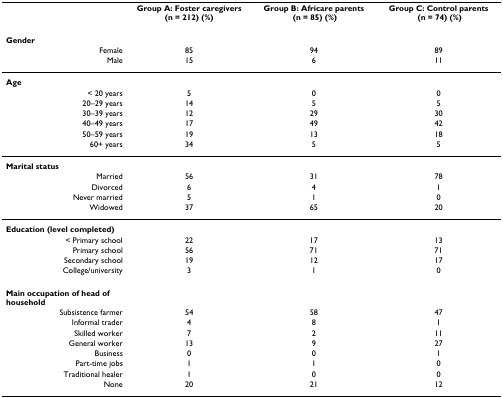
|  | Group A: Foster caregivers (n = 212) (%) | Group B: Africare parents (n = 85) (%) | Group C: Control parents (n = 74) (%) |
 | --- | --- | --- | --- |
 | Gender |  |  |  |
 | Female | 85 | 94 | 89 |
 | Male | 15 | 6 | 11 |
 | Age |  |  |  |
 | < 20 years | 5 | 0 | 0 |
 | 20–29 years | 14 | 5 | 5 |
 | 30–39 years | 12 | 29 | 30 |
 | 40–49 years | 17 | 49 | 42 |
 | 50–59 years | 19 | 13 | 18 |
 | 60+ years | 34 | 5 | 5 |
 | Marital status |  |  |  |
 | Married | 56 | 31 | 78 |
 | Divorced | 6 | 4 | 1 |
 | Never married | 5 | 1 | 0 |
 | Widowed | 37 | 65 | 20 |
 | Education (level completed) |  |  |  |
 | < Primary school | 22 | 17 | 13 |
 | Primary school | 56 | 71 | 71 |
 | Secondary school | 19 | 12 | 17 |
 | College/university | 3 | 1 | 0 |
 | Main occupation of head of household |  |  |  |
 | Subsistence farmer | 54 | 58 | 47 |
 | Informal trader | 4 | 8 | 1 |
 | Skilled worker | 7 | 2 | 11 |
 | General worker | 13 | 9 | 27 |
 | Business | 0 | 0 | 1 |
 | Part-time jobs | 1 | 1 | 0 |
 | Traditional healer | 1 | 0 | 0 |
 | None | 20 | 21 | 12 |